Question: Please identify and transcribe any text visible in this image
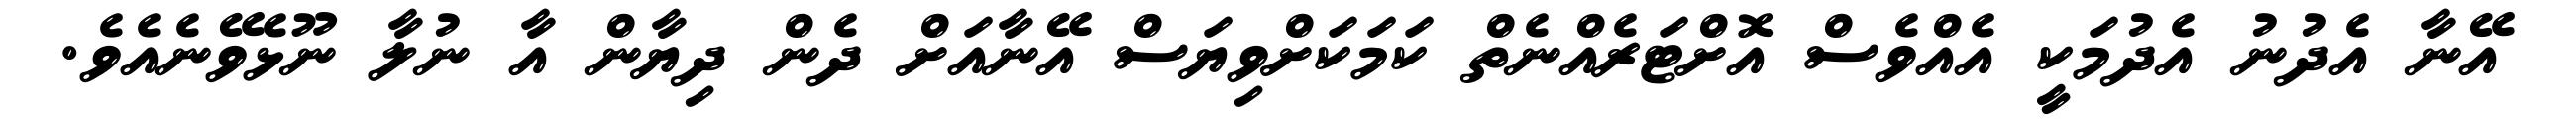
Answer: އޭނާ އެދުނު އެދުމަކީ އެއްވެސް އޮށްޓަރެއްނެތް ކަމަކަށްވިޔަސް އޭނާއަށް ދެން ދިޔާން އާ ނުލާ ނޫޅެވޭނެއެވެ.